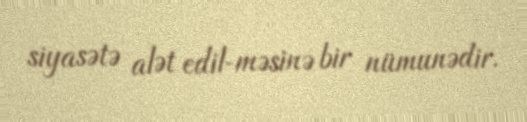
siyasətə alət edil­məsinə bir nümunədir.